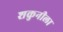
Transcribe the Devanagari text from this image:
शकुनीला